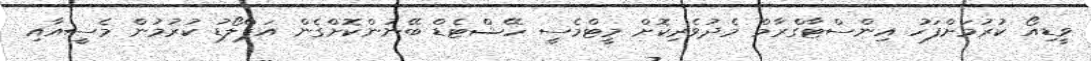
ވީޑިއޯ ކުރުމަށްފަހު އިންސްޓާގްރާމް މެދުވެރިކޮށް މީޓްމެސީ ހޭޝްޓެޑް ބޭނުންކޮށްގެން އަޕްލޯޑު ކުރުމުން މެސީއާއި